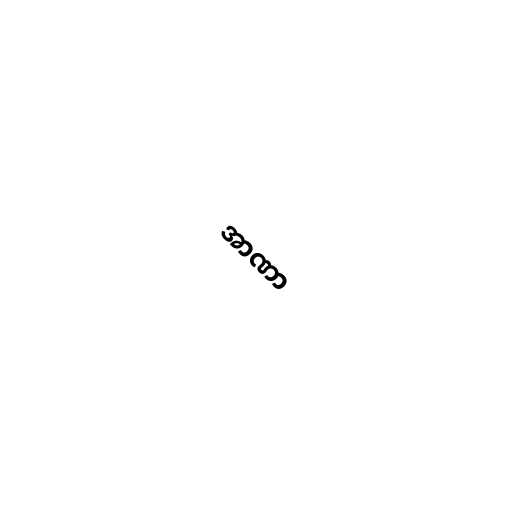
အာဏာ